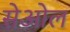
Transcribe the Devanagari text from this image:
सेओल